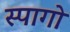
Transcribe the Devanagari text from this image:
स्पागो